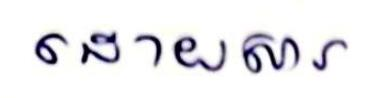
ដោយសារ